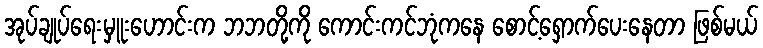
အုပ်ချုပ်ရေးမှူးဟောင်းက ဘဘတို့ကို ကောင်းကင်ဘုံကနေ စောင့်ရှောက်ပေးနေတာ ဖြစ်မယ်